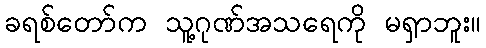
ခရစ်တော်က သူ့ဂုဏ်အသရေကို မရှာဘူး။